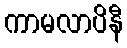
ကာမလာပိနီ